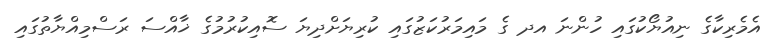
އެމެރިކާގެ ނިއުޔޯކުގައި ހުންނަ އދ ގެ މައިމަރުކަޒުގައި ކުރިޔަށްދިޔަ ސޮއިކުރުމުގެ ޚާއްސަ ރަސްމިއްޔާތުގައި